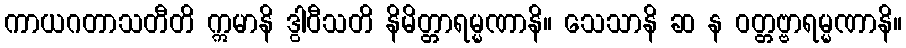
ကာယဂတာသတီတိ ဣမာနိ ဒွါဝီသတိ နိမိတ္တာရမ္မဏာနိ။ သေသာနိ ဆ န ဝတ္တဗ္ဗာရမ္မဏာနိ။